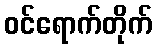
ဝင်ရောက်တိုက်